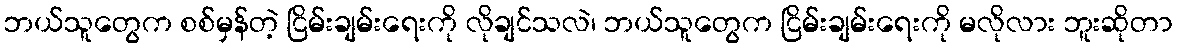
ဘယ်သူတွေက စစ်မှန်တဲ့ ငြိမ်းချမ်းရေးကို လိုချင်သလဲ၊ ဘယ်သူတွေက ငြိမ်းချမ်းရေးကို မလိုလား ဘူးဆိုတာ